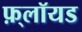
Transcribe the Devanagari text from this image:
फ़्लॉयड